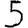
Digit: 5